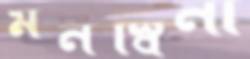
মনস্বিনী